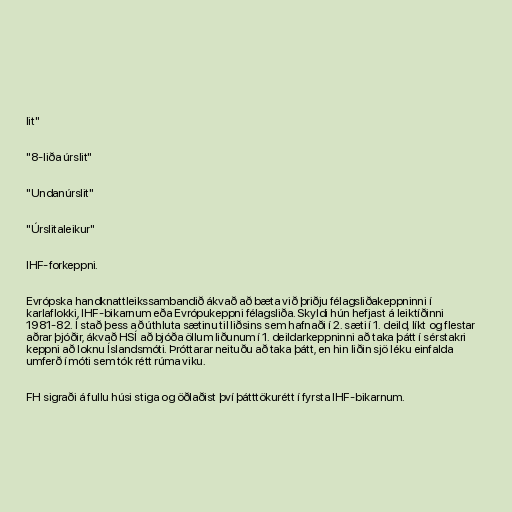
lit"

"8-liða úrslit"

"Undanúrslit"

"Úrslitaleikur"

IHF-forkeppni.

Evrópska handknattleikssambandið ákvað að bæta við þriðju félagsliðakeppninni í
karlaflokki, IHF-bikarnum eða Evrópukeppni félagsliða. Skyldi hún hefjast á leiktíðinni
1981-82. Í stað þess að úthluta sætinu til liðsins sem hafnaði í 2. sæti í 1. deild, líkt og flestar
aðrar þjóðir, ákvað HSÍ að bjóða öllum liðunum í 1. deildarkeppninni að taka þátt í sérstakri
keppni að loknu Íslandsmóti. Þróttarar neituðu að taka þátt, en hin liðin sjö léku einfalda
umferð í móti sem tók rétt rúma viku.

FH sigraði á fullu húsi stiga og öðlaðist því þátttökurétt í fyrsta IHF-bikarnum.